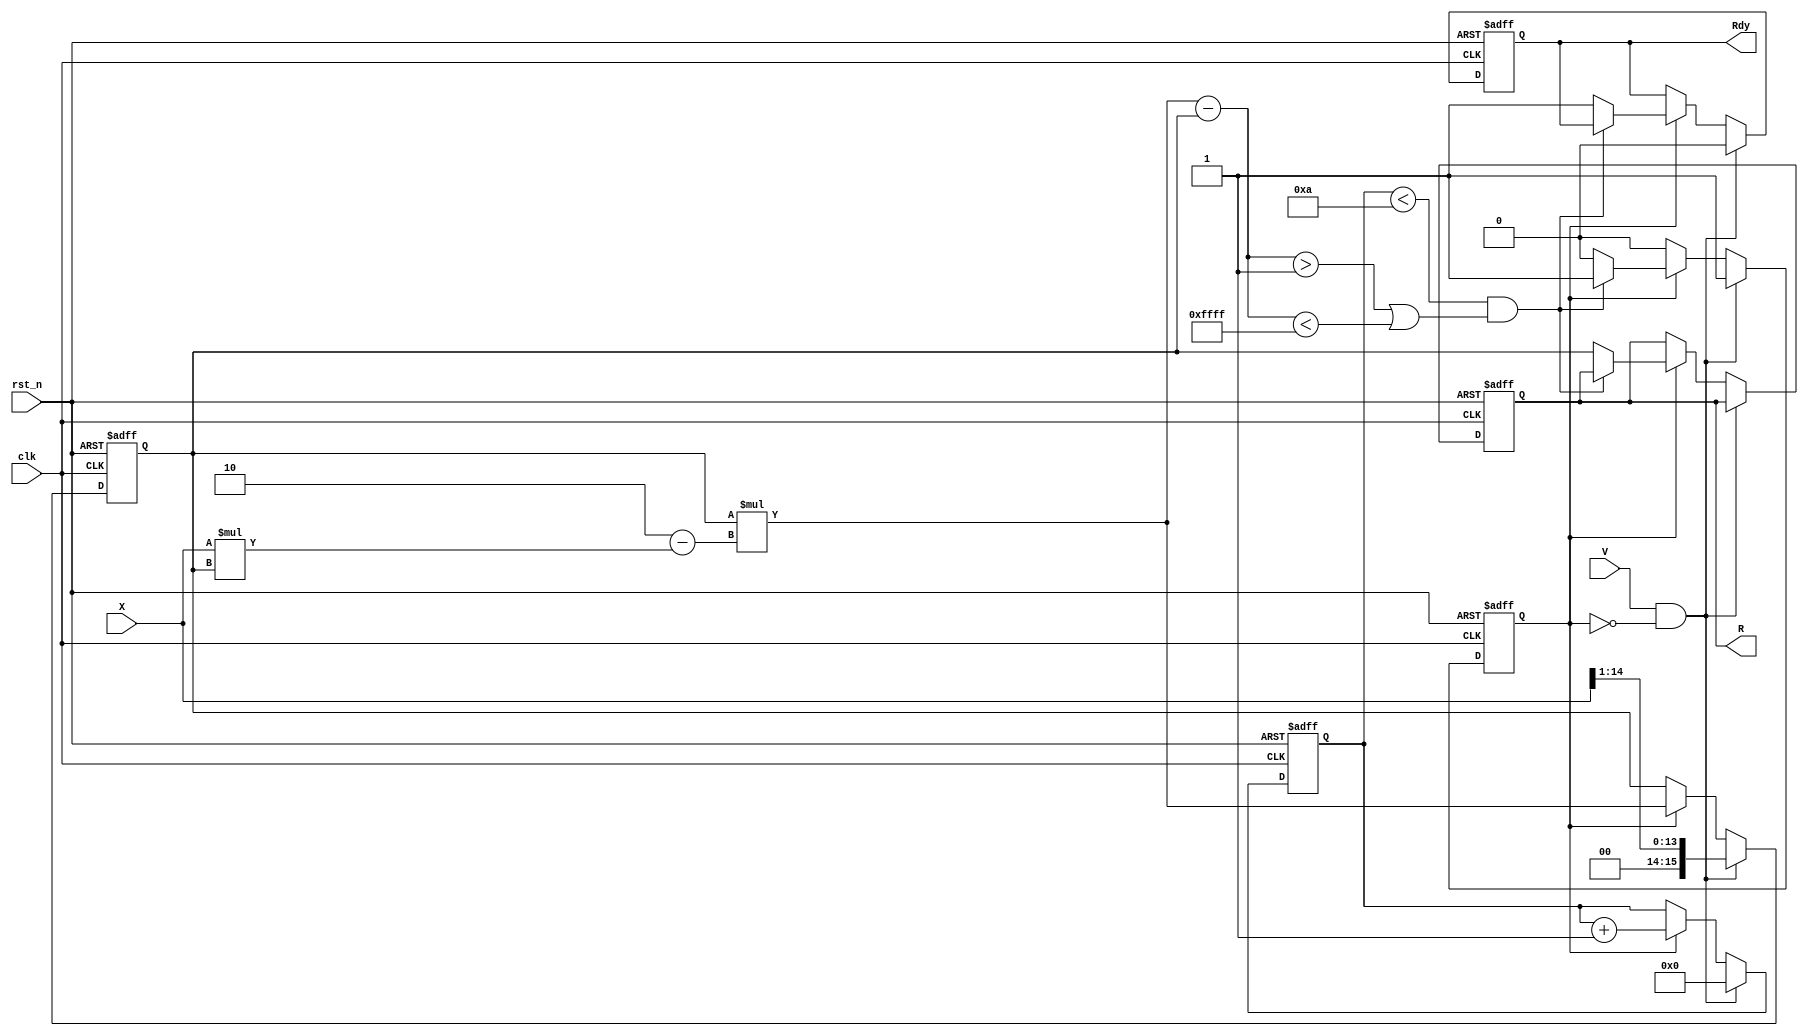
module iterative_reciprocal #(
    parameter N = 16,          // Bit-width for input and output
    parameter MAX_ITER = 10,   // Maximum number of iterations
    parameter THRESHOLD = 16'h0001 // Convergence threshold
)(
    input wire clk,            // Clock signal
    input wire rst_n,          // Active low reset
    input wire [N-1:0] X,      // Input value (0 < X < 1)
    input wire V,              // Valid signal
    output reg [N-1:0] R,      // Output reciprocal
    output reg Rdy             // Ready signal
);

    reg [N-1:0] R_current;     // Current estimate of reciprocal
    reg [N-1:0] R_next;        // Next estimate of reciprocal
    reg [N-1:0] delta;         // Change in estimate
    reg [3:0] iter_count;      // Iteration counter
    reg calculating;           // State flag for calculation

    // Initialization logic
    always @(posedge clk or negedge rst_n) begin
        if (!rst_n) begin
            R <= 0;
            Rdy <= 0;
            R_current <= 0;
            iter_count <= 0;
            calculating <= 0;
        end else if (V && !calculating) begin
            // Start calculation
            R_current <= {1'b0, X[N-2:1]}; // Initial estimate (1/X approximation)
            iter_count <= 0;
            calculating <= 1;
            Rdy <= 0;
        end else if (calculating) begin
            // Iterative process
            R_next = R_current * (2 - X * R_current);
            delta = R_next - R_current;

            // Update current estimate
            R_current <= R_next;

            // Increment iteration counter
            iter_count <= iter_count + 1;

            // Check for convergence
            if (iter_count < MAX_ITER && (delta > THRESHOLD || delta < -THRESHOLD)) begin
                // Continue iterating
            end else begin
                // Converged or max iterations reached
                R <= R_current;
                Rdy <= 1;
                calculating <= 0;
            end
        end
    end

endmodule